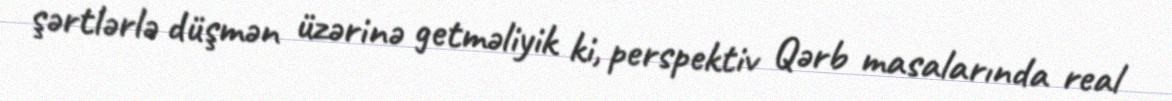
şərtlərlə düşmən üzərinə getməliyik ki, perspektiv Qərb masalarında real